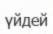
үйдей